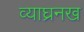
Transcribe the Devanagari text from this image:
व्याघ्रनख